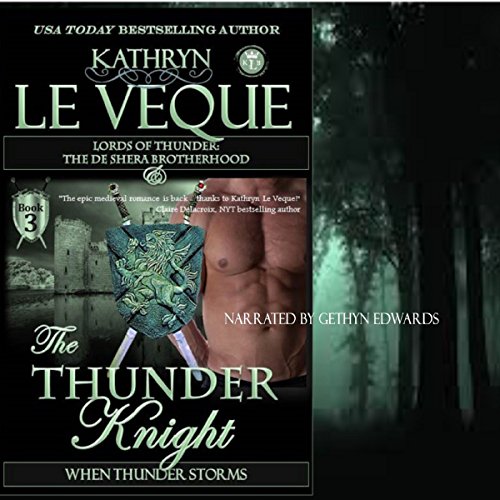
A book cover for The Thunder Knight: Book Three in the Lords of Thunder: The de Shera Brotherhood Trilogy; Kathryn Le Veque; Romance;